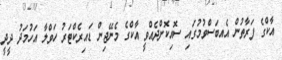
އާކްގެ ފަރާތުން އެއބަސްވުމުގައި ސޮއިކޮށްދެއްވީ އާކްގެ މެނޭޖިން ޑައިރެކްޓަރު ހަވްލާ އަހުމަދު ދީދީ